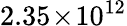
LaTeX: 2.35\! \times\! 10^{12}